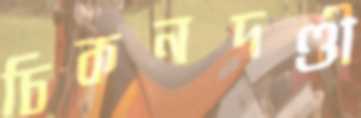
চিকনদণ্ডী